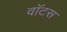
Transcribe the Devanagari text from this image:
वॉटस